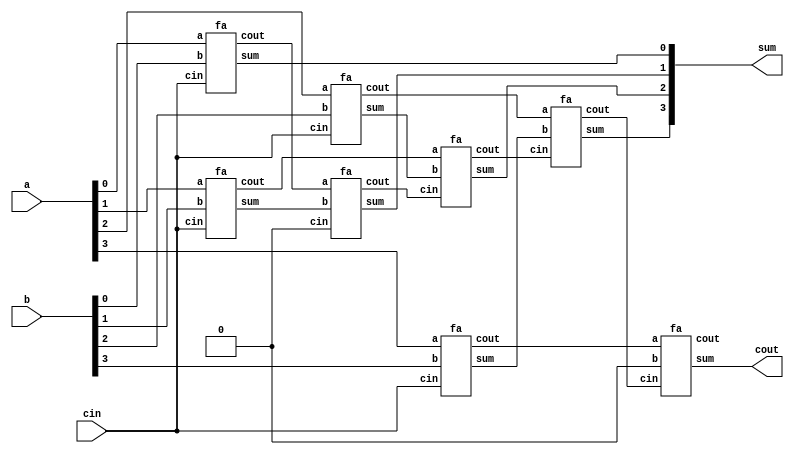
`resetall

module csa2(cout,sum,cin,a,b);
input [3:0]a,b;
input cin;
output [3:0]sum;
output cout;

wire s1,s2,s3,c0,c1,c2,c3,c4,c5,c6,c7;

fa f1(c0,sum[0],cin,a[0],b[0]);
fa f2(c1,s1,cin,a[1],b[1]);
fa f3(c2,s2,cin,a[2],b[2]);
fa f4(c3,s3,cin,a[3],b[3]);

fa f5(c4,sum[1],1'b0,c0,s1);
fa f6(c5,sum[2],c4,c1,s2);
fa f7(c6,sum[3],c5,c2,s3);
fa f8(c7,cout,c6,c3,1'b0);

endmodule

module fa(cout,sum,cin,a,b);

input a,b,cin;
output cout,sum;

wire w1,w2,w3;

xor xor1(sum,a,b,cin);
or or1(w1,a,b);
or or2(w2,b,cin);
or or3(w3,cin,a);
and and1(cout,w1,w2,w3);

endmodule